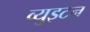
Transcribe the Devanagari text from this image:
व्युइटन